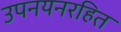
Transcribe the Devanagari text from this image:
उपनयनरहित